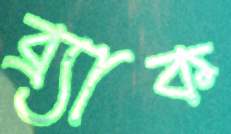
ব্র্যাক